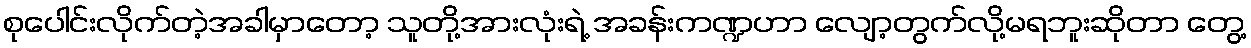
စုပေါင်းလိုက်တဲ့အခါမှာတော့ သူတို့အားလုံးရဲ့ အခန်းကဏ္ဍဟာ လျော့တွက်လို့မရဘူးဆိုတာ တွေ့